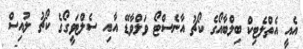
އެއީ އެތްލެޓިކް ބިލްބާއޯގެ ކޯޗު އާނެސްޓޯ ވަލްވާޑޭ އާއި ސެލްޓަވީގޯގެ ކޯޗު ލުއިސް